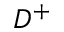
D ^ { + }